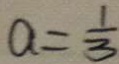
a = \frac { 1 } { 3 }